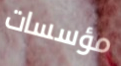
مؤسسات